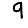
Digit: 9